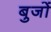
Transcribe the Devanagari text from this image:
बुजों